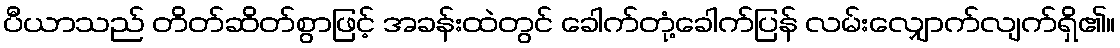
ပီယာသည် တိတ်ဆိတ်စွာဖြင့် အခန်းထဲတွင် ခေါက်တုံ့ခေါက်ပြန် လမ်းလျှောက်လျက်ရှိ၏။